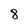
Character: 8